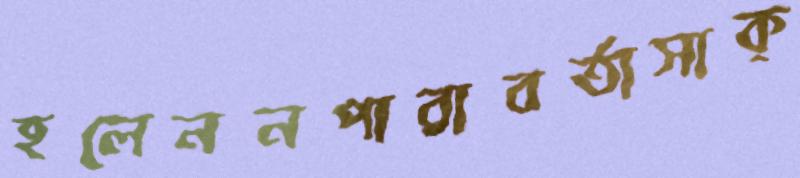
হলেননপারাবর্তাসাক্